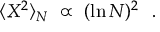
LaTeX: \langle X ^ { 2 } \rangle _ { N } ~ \propto ~ ( \ln N ) ^ { 2 } ~ ~ .